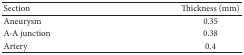
<table><thead><tr><td><b>Section</b></td><td><b>Thickness (mm)</b></td></tr></thead><tbody><tr><td>Aneurysm</td><td>0.35</td></tr><tr><td>A-A junction</td><td>0.38</td></tr><tr><td>Artery</td><td>0.4</td></tr></tbody></table>